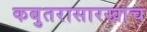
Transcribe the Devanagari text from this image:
कबुतरासारखाच